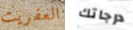
العفريت درجاتك